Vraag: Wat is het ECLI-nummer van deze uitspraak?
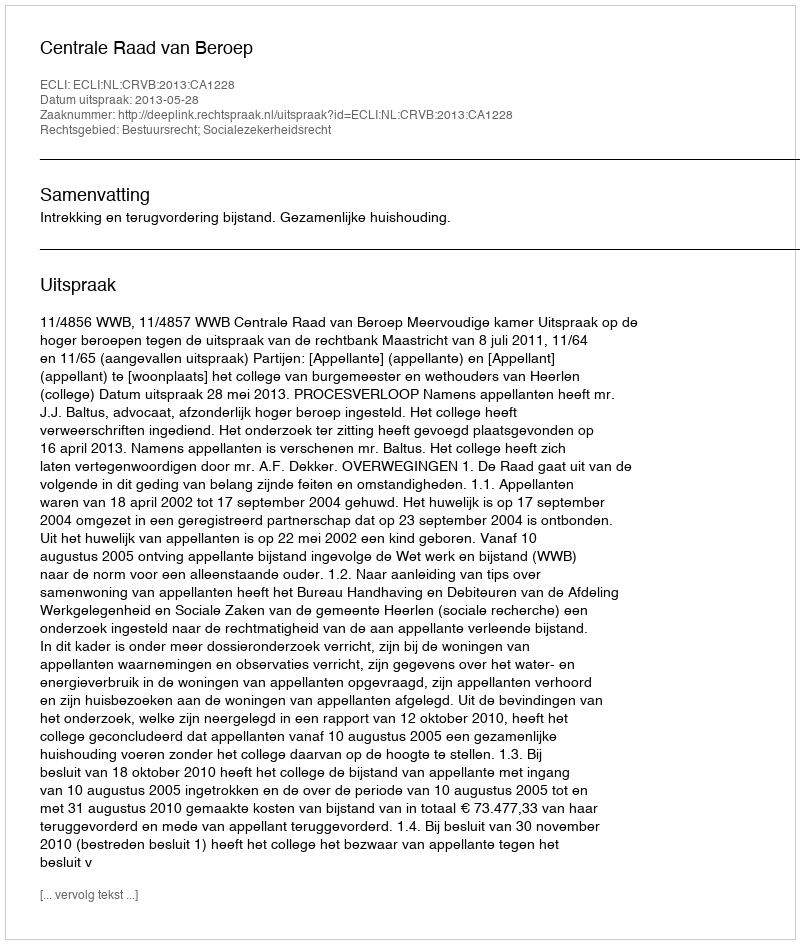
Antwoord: ECLI:NL:CRVB:2013:CA1228